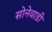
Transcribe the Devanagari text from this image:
सोनेवाडी